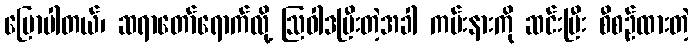
ပြောပါတယ်၊ ဆရာတော်ရောက်လို့ ဩဝါဒပြီးတဲ့အခါ ကမ်းနားကို ဆင်းပြီး စီစဉ်ထားတဲ့